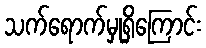
သက်ရောက်မှုရှိကြောင်း